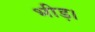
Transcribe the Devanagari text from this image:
भीड़।